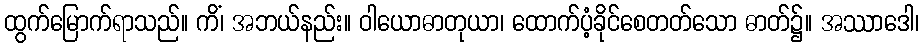
ထွက်မြောက်ရာသည်။ ကိံ၊ အဘယ်နည်း။ ဝါယောဓာတုယာ၊ ထောက်ပံ့ခိုင်စေတတ်သော ဓာတ်၌။ အဿာဒေါ၊